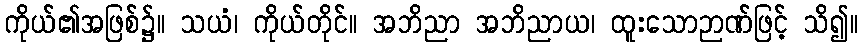
ကိုယ်၏အဖြစ်၌။ သယံ၊ ကိုယ်တိုင်။ အဘိညာ အဘိညာယ၊ ထူးသောဉာဏ်ဖြင့် သိ၍။